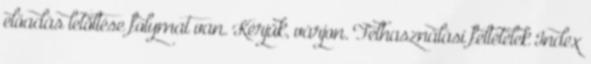
előadás letöltése folymat van. Kérjük, várjon. Felhasználási feltételek Index